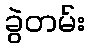
ခွဲတမ်း